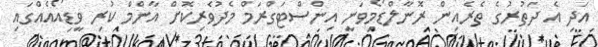
އަދި އެ ދަތުރުގެ ތެރެއިން ރޮނާލްޑޯމިވަނީ އިންސްޓަގްރަމް މެދުވެރިކޮށް އާންމް ކުރި ވީޑިއޯއެއްގައި